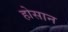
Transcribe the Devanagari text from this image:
होसान